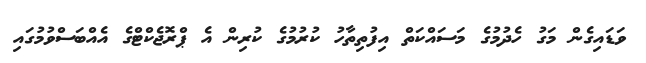
ވަޑައިގެން މަގު ހެދުމުގެ މަސައްކަތް އިފުތިތާހު ކުރުމުގެ ކުރިން އެ ޕްރޮޖެކްޓްގެ އެއްބަސްވުމުގައި